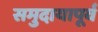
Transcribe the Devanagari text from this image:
समुदायापूर्व